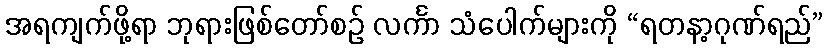
အရကျက်ဖို့ရာ ဘုရားဖြစ်တော်စဉ် လင်္ကာ သံပေါက်များကို “ရတနာ့ဂုဏ်ရည်”